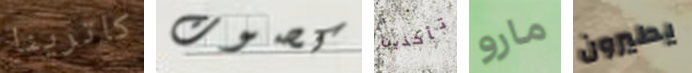
كاترينا كصوت تأخذين مارو يطيرون